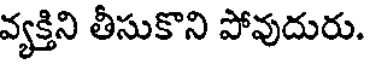
వ్యక్తిని తీసుకొని పోవుదురు.